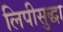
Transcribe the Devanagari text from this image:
लिपीसुद्धा